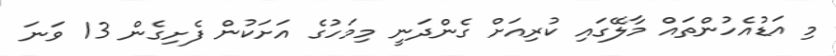
މި އަޑުއެހުންތައް މާލޭގައި ކުރިއަށް ގެންދަނީ މިމަހުގެ އަށަކުން ފެށިގެން 13 ވަނަ